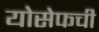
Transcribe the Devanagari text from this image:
योसेफची